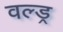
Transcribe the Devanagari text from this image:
वल्ड्र